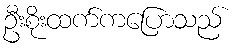
ဦးစိုးထက်ကပြောသည်